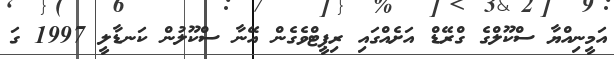
އަމީނިއްޔާ ސްކޫލްގެ ގްރޭޑް އަށެއްގައި ރިޕީޓްވެގެން އޭނާ ސްކޫލުން ކަނޑާލީ 1997 ގަ